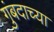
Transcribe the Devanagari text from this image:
गुंबदाच्या